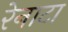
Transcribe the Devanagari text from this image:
रेनाटा